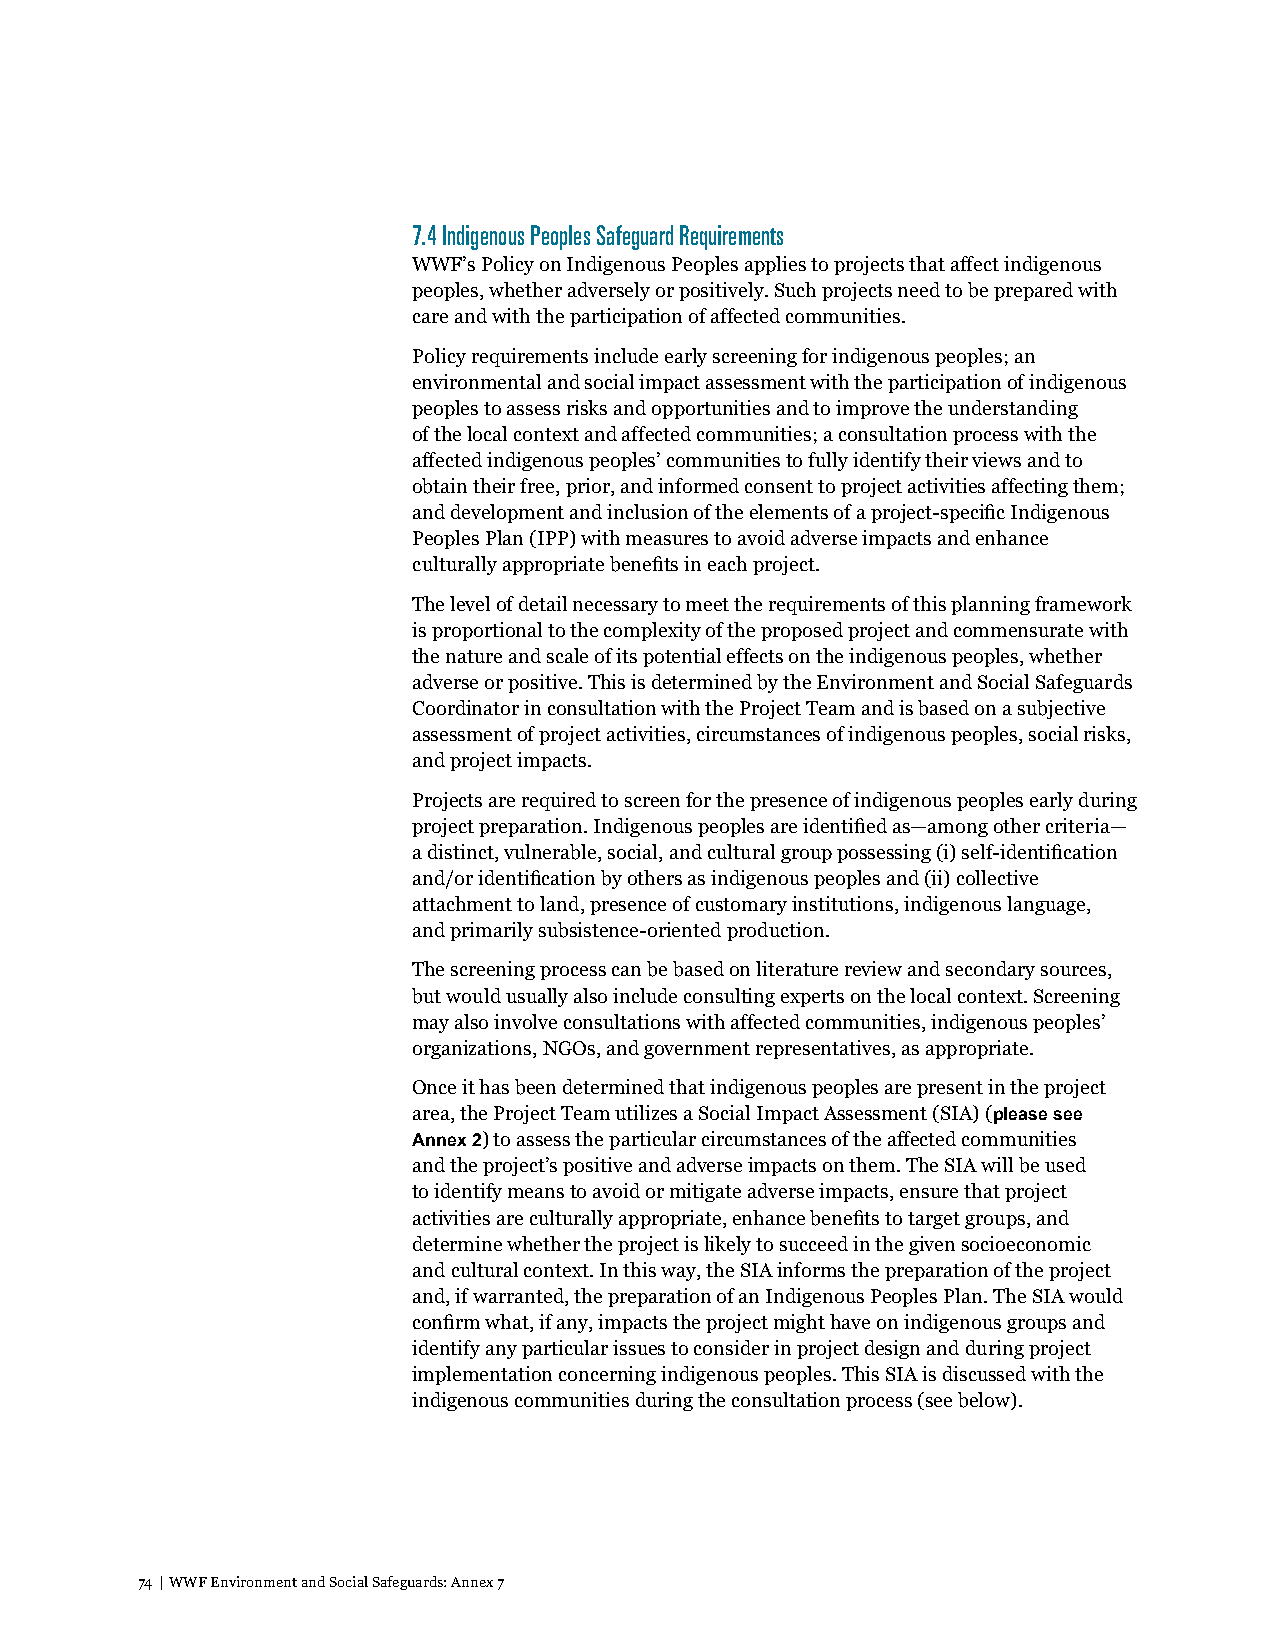
7.4 Indigenous Peoples Safeguard Requirements
 WWF’s Policy on Indigenous Peoples applies to projects that affect indigenous
 peoples, whether adversely or positively. Such projects need to be prepared with
 care and with the participation of affected communities.
 Policy requirements include early screening for indigenous peoples; an
 environmental and social impact assessment with the participation of indigenous
 peoples to assess risks and opportunities and to improve the understanding
 of the local context and affected communities; a consultation process with the
 affected indigenous peoples’ communities to fully identify their views and to
 obtain their free, prior, and informed consent to project activities affecting them;
 and development and inclusion of the elements of a project-specific Indigenous
 Peoples Plan (IPP) with measures to avoid adverse impacts and enhance
 culturally appropriate benefits in each project.
 The level of detail necessary to meet the requirements of this planning framework
 is proportional to the complexity of the proposed project and commensurate with
 the nature and scale of its potential effects on the indigenous peoples, whether
 adverse or positive. This is determined by the Environment and Social Safeguards
 Coordinator in consultation with the Project Team and is based on a subjective
 assessment of project activities, circumstances of indigenous peoples, social risks,
 and project impacts.
 Projects are required to screen for the presence of indigenous peoples early during
 project preparation. Indigenous peoples are identified as—among other criteria—
 a distinct, vulnerable, social, and cultural group possessing (i) self-identification
 and/or identification by others as indigenous peoples and (ii) collective
 attachment to land, presence of customary institutions, indigenous language,
 and primarily subsistence-oriented production.
 The screening process can be based on literature review and secondary sources,
 but would usually also include consulting experts on the local context. Screening
 may also involve consultations with affected communities, indigenous peoples’
 organizations, NGOs, and government representatives, as appropriate.
 Once it has been determined that indigenous peoples are present in the project
 area, the Project Team utilizes a Social Impact Assessment (SIA) (please see
 Annex 2) to assess the particular circumstances of the affected communities
 and the project’s positive and adverse impacts on them. The SIA will be used
 to identify means to avoid or mitigate adverse impacts, ensure that project
 activities are culturally appropriate, enhance benefits to target groups, and
 determine whether the project is likely to succeed in the given socioeconomic
 and cultural context. In this way, the SIA informs the preparation of the project
 and, if warranted, the preparation of an Indigenous Peoples Plan. The SIA would
 confirm what, if any, impacts the project might have on indigenous groups and
 identify any particular issues to consider in project design and during project
 implementation concerning indigenous peoples. This SIA is discussed with the
 indigenous communities during the consultation process (see below).
 74 | WWF Environment and Social Safeguards: Annex 7